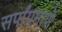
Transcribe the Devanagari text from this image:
सर्पांप्रमाणे